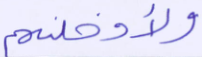
ولأدخلنهم